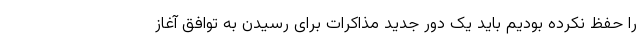
را حفظ نکرده بودیم باید یک دور جدید مذاکرات برای رسیدن به توافق آغاز